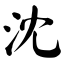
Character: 沈